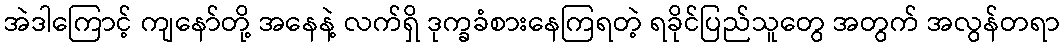
အဲဒါကြောင့် ကျနော်တို့ အနေနဲ့ လက်ရှိ ဒုက္ခခံစားနေကြရတဲ့ ရခိုင်ပြည်သူတွေ အတွက် အလွန်တရာ